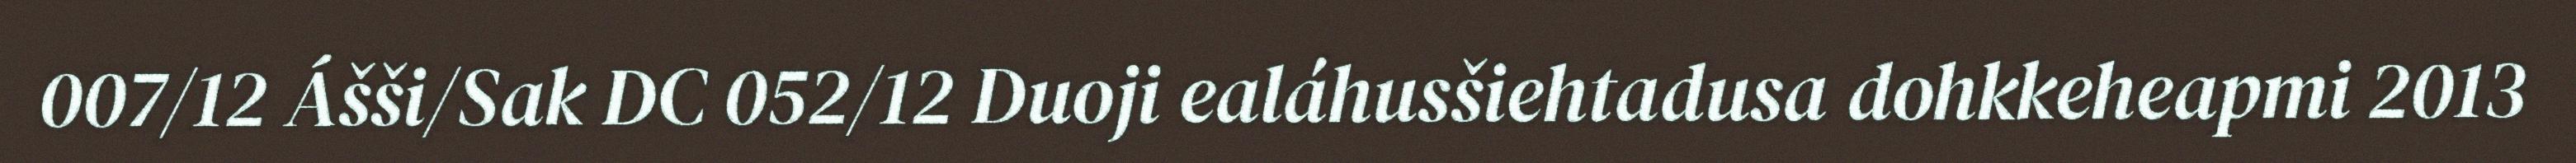
007/12 Ášši/Sak DC 052/12 Duoji ealáhusšiehtadusa dohkkeheapmi 2013